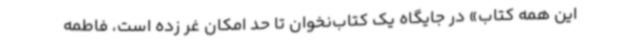
این همه کتاب» در جایگاه یک کتاب‌نخوان تا حد امکان غر زده است، فاطمه